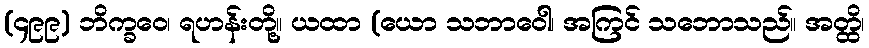
(၄၉၉) ဘိက္ခဝေ၊ ရဟန်းတို့။ ယထာ (ယော သဘာဝေါ၊ အကြင် သဘောသည်။ အတ္ထိ၊